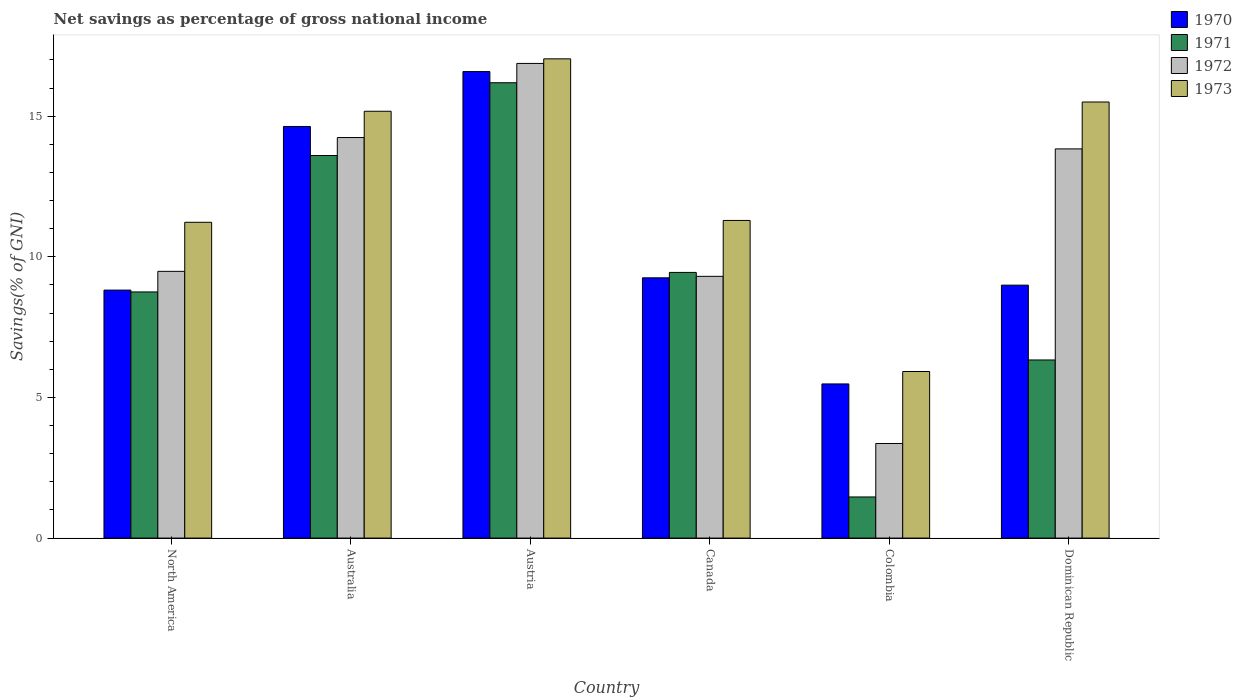
| Country | 1970 | 1971 | 1972 | 1973 |
 | --- | --- | --- | --- | --- |
 | North America | 8.82 | 8.75 | 9.48 | 11.2 |
 | Australia | 14.6 | 13.6 | 14.2 | 15.2 |
 | Austria | 16.6 | 16.2 | 16.9 | 17 |
 | Canada | 9.25 | 9.45 | 9.31 | 11.3 |
 | Colombia | 5.48 | 1.46 | 3.36 | 5.92 |
 | Dominican Republic | 8.99 | 6.33 | 13.8 | 15.5 |